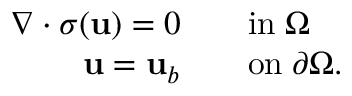
\begin{array} { r l } { \nabla \cdot \boldsymbol { \sigma } ( \mathbf { u } ) = 0 \quad } & { { } \mathrm { i n } \; \Omega } \\ { \mathbf { u } = \mathbf { u } _ { b } \quad } & { { } \mathrm { o n } \; \partial \Omega . } \end{array}